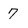
Character: 7